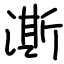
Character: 澌